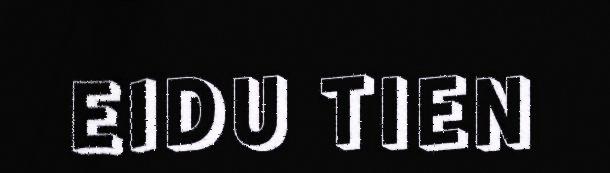
EIDU TIEN